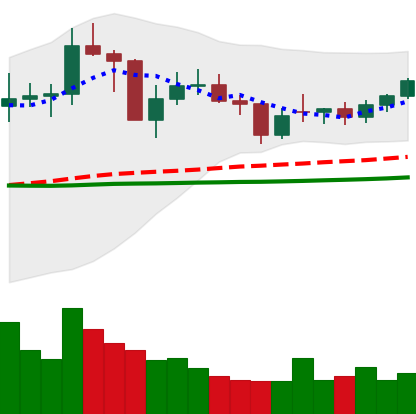
Ticker: NEO-USD
Chart end date: 2021-02-03
Forward return: 10.519%
Label: up_7plus